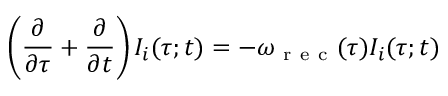
\left( \frac { \partial } { \partial \tau } + \frac { \partial } { \partial t } \right) I _ { i } ( \tau ; t ) = - \omega _ { \mathrm { ~ r ~ e ~ c ~ } } ( \tau ) I _ { i } ( \tau ; t )